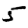
Digit: 5